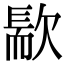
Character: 𣤀